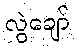
လွဲချော်